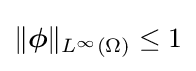
\Vert {\boldsymbol {\phi }}\Vert _{L^{\infty }(\Omega )}\leq 1